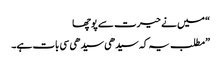
“ میں نے حیرت سے پوچھا
”مطلب یہ کہ سیدھی سیدھی سی بات ہے۔